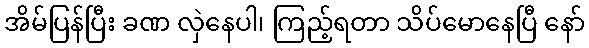
အိမ်ပြန်ပြီး ခဏ လှဲနေပါ၊ ကြည့်ရတာ သိပ်မောနေပြီ နော်